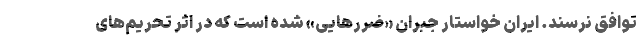
توافق نرسند. ایران خواستار جبران «ضررهایی» شده است که در اثر تحریم‌های